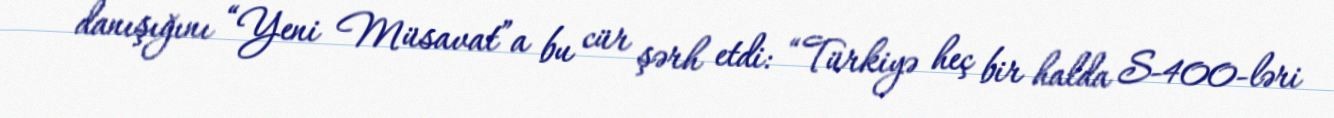
danışığını “Yeni Müsavat”a bu cür şərh etdi: “Türkiyə heç bir halda S-400-ləri